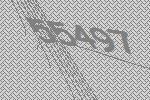
55497